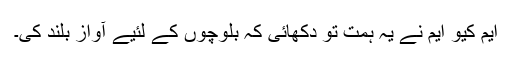
ایم کیو ایم نے یہ ہمت تو دکھائی کہ بلوچوں کے لئیے آواز بلند کی۔